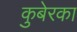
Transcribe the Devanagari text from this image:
कुबेरका